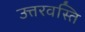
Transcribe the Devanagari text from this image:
उत्तरवस्ति